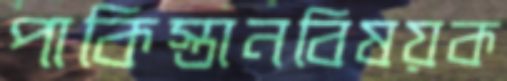
পাকিস্তানবিষয়ক